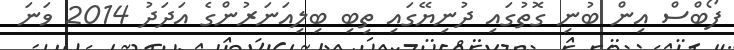
ފޯބްސް އިން ބުނި ގޮތުގައި ދުނިޔޭގައި ތިބި ބިލިއަނަރުންގެ އަދަދު 2014 ވަނަ